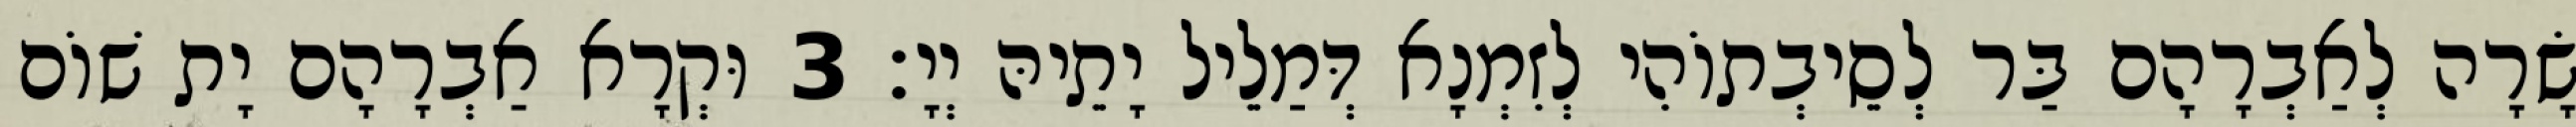
שָׂרָה לְאַבְרָהָם בַּר לְסֵיבְתוֹהִי לְזִמְנָא דְּמַלֵיל יָתֵיהּ יְיָ׃ 3 וּקְרָא אַבְרָהָם יָת שׁוֹם